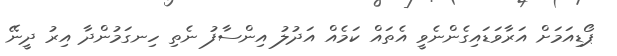
ޕޯޑިއަމަށް އަރާވަޑައިގެންނެވީ އެތައް ކަމެއް އަދުލު އިންސާފު ނެތި ހިނގަމުންދާ އިރު ދީނޭ